Annual report on the working of the mental hospitals in the Madras Presidency - 1912-1932
Year: 1912
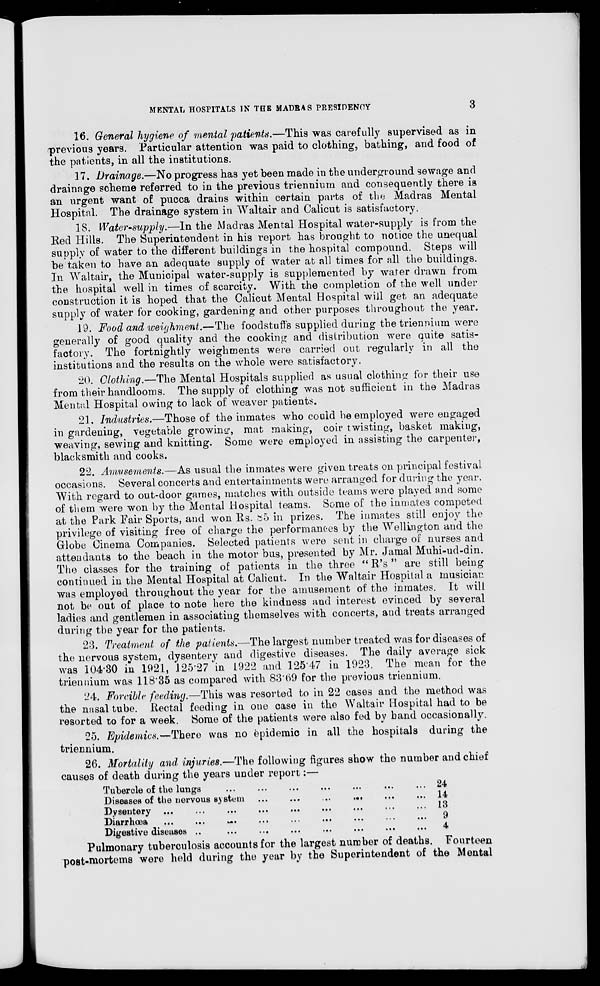
MENTAL HOSPITALS IN THE MADRAS PRESIDENCY
3
16. General hygiene of mental patients.—This was carefully supervised as in
previous years. Particular attention was paid to clothing, bathing, and food of
the patients, in all the institutions.
17. Drainage.—No progress has yet been made in the underground sewage and
drainage scheme referred to in the previous triennium and consequently there is
an urgent want of pucca drains within certain parts of the Madras Mental
Hospital. The drainage system in Waltair and Calicut is satisfactory,
18. Water-supply.—In the Madras Mental Hospital water-supply is from the
Red Hills. The Superintendent in his report has brought to notice the unequal
supply of water to the different buildings in the hospital compound. Steps will
be taken to have an adequate supply of water at all times for all the buildings.
In Waltair, the Municipal water-supply is supplemented by water drawn from
the hospital well in times of scarcity. With the completion of the well under
construction it is hoped that the Calicut Mental Hospital will get an adequate
supply of water for cooking, gardening and other purposes throughout the year.
19. Food and weighment.—The foodstuffs supplied during the triennium were
generally of good quality and the cooking and distribution were quite satis-
factory. The fortnightly weighments were carried out regularly in all the
institutions and the results on the whole were satisfactory.
20. Clothing.—The Mental Hospitals supplied as usual clothing for their use
from their handlooms. The supply of clothing was not sufficient in the Madras
Mental Hospital owing to lack of weaver patients.
21. Industries.—Those of the inmates who could be employed were engaged
in gardening, vegetable growing, mat making, coir twisting, basket making,
weaving, sewing and knitting. Some were employed in assisting the carpenter,
blacksmith and cooks.
22. Amusements.—As usual the inmates were given treats on principal festival
occasions. Several, concerts and entertainments were arranged for during the year.
With regard to out-door games, matches with outside teams were played and some
of them were won by the Mental Hospital teams. Some of the inmates competed
at the Park Fair Sports, and won Rs. 85 in prizes. The inmates still enjoy the
privilege of visiting free of charge the performances by the Wellington and the
Globe Cinema Companies. Selected patients were sent in charge of nurses and
attendants to the beach in the motor bus, presented by Mr. Jamal Muhi-ud-din.
The classes for the training of patients in the three " R's " are still being
continued in the Mental Hospital at Calicut. In the Waltair Hospital a musician
was employed throughout the year for the amusement of the inmates. It will
not be out of place to note here the kindness and interest evinced by several
ladies and gentlemen in associating themselves with concerts, and treats arranged
during the year for the patients.
23. Treatment of the patients.—The largest number treated was for diseases of
the nervous system, dysentery and digestive diseases. The daily average sick
was 104.30 in 1921, 125.27 in 1922 and 125.47 in 1923. The mean for the
triennium was 118.35 as compared with 83.69 for the previous triennium.
24. Forcible feeding.—This was resorted to in 22 cases and the method was
the nasal tube. Rectal feeding in one case in the Waltair Hospital had to be
resorted to for a week. Some of the patients were also fed by band occasionally.
25. Epidemics.—There was no epidemic in all the hospitals during the
triennium.
26. Mortality and injuries.—The following figures show the number and chief
causes of death during the years under report :—
Tubercle of the lungs ... ... ... ... ... ... ...
Diseases of the nervous system ...
...
...
... ... ...
Dysentery
...
...
...
...
...
...
...
...
...
Diarrhœa
...
...
...
...
...
...
...
...
...
Digestive diseases
...
...
...
...
... ... ... ...
24
14
13
9
4
Pulmonary tuberculosis accounts for the largest number of deaths. Fourteen
post-mortems were held during the year by the Superintendent of the Mental